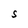
Character: S